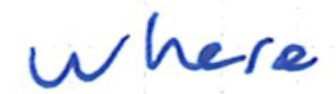
Text: where
Cross-out: clean
Writing tool: ballpoint